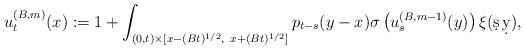
LaTeX: \begin{align*}u^{(B,m)}_t(x) :=1+ \int_{(0,t)\times[x-(Bt)^{1/2},\ x+(Bt)^{1/2}]} p_{t-s}(y-x)\sigma\left(u_s^{(B,m-1)}(y)\right)\xi(\d s\,\d y),\end{align*}